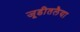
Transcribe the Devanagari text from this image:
जूडीतलैया